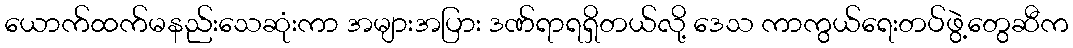
ယောက်ထက်မနည်းသေဆုံးကာ အများအပြား ဒဏ်ရာရရှိတယ်လို့ ဒေသ ကာကွယ်ရေးတပ်ဖွဲ့တွေဆီက